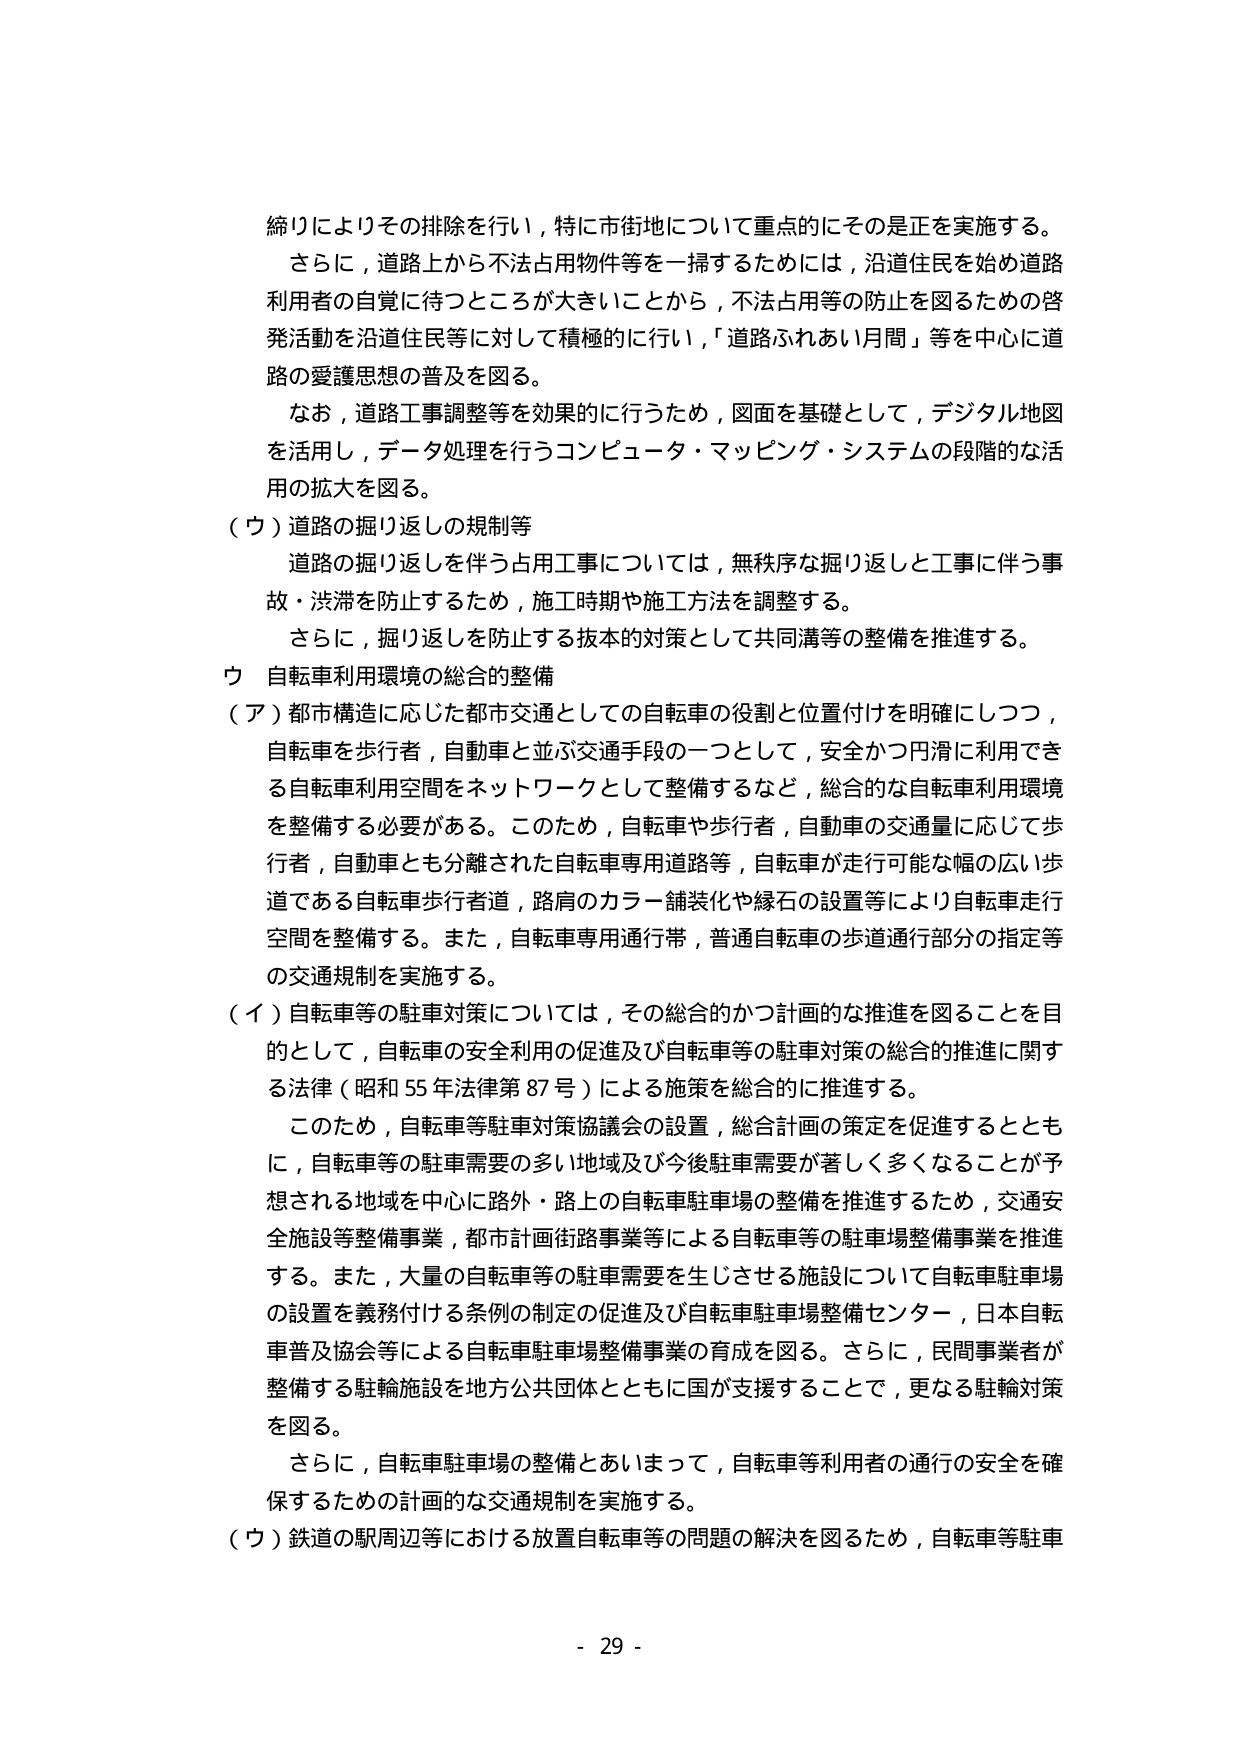
締りによりその排除を行い，特に市街地について重点的にその是正を実施する。
さらに，道路上から不法占用物件等を一掃するためには，沿道住民を始め道路利用者の自覚に待つところが大きいことから，不法占用等の防止を図るための啓発活動を沿道住民等に対して積極的に行い，「道路ふれあい月間」等を中心に道路の愛護思想の普及を図る。
なお，道路工事調整等を効果的に行うため，図面を基礎として，デジタル地図を活用し，データ処理を行うコンピュータ・マッピング・システムの段階的な活用の拡大を図る。
（ウ）道路の掘り返しの規制等
　道路の掘り返しを伴う占用工事については，無秩序な掘り返しと工事に伴う事故・渋滞を防止するため，施工時期や施工方法を調整する。
　さらに，掘り返しを防止する抜本的対策として共同溝等の整備を推進する。
ウ 自転車利用環境の総合的整備
（ア）都市構造に応じた都市交通としての自転車の役割と位置付けを明確にしつつ，自転車を歩行者，自動車と並ぶ交通手段の一つとして，安全かつ円滑に利用できる自転車利用空間をネットワークとして整備するなど，総合的な自転車利用環境を整備する必要がある。このため，自転車や歩行者，自動車の交通量に応じて歩行者，自動車とも分離された自転車専用道路等，自転車が走行可能な幅の広い歩道である自転車歩行者道，路肩のカラー舗装化や縁石の設置等により自転車走行空間を整備する。また，自転車専用通行帯，普通自転車の歩道通行部分の指定等の交通規制を実施する。
（イ）自転車等の駐車対策については，その総合的かつ計画的な推進を図ることを目的として，自転車の安全利用の促進及び自転車等の駐車対策の総合的推進に関する法律（昭和55年法律第87号）による施策を総合的に推進する。
　このため，自転車等駐車対策協議会の設置，総合計画の策定を促進するとともに，自転車等の駐車需要の多い地域及び今後駐車需要が著しく多くなることが予想される地域を中心に路外・路上の自転車駐車場の整備を推進するため，交通安全施設等整備事業，都市計画街路事業等による自転車等の駐車場整備事業を推進する。また，大量の自転車等の駐車需要を生じさせる施設について自転車駐車場の設置を義務付ける条例の制定の促進及び自転車駐車場整備センター，日本自転車普及協会等による自転車駐車場整備事業の育成を図る。さらに，民間事業者が整備する駐輪施設を地方公共団体とともに国が支援することで，更なる駐輪対策を図る。
　さらに，自転車駐車場の整備とあいまって，自転車等利用者の通行の安全を確保するための計画的な交通規制を実施する。
（ウ）鉄道の駅周辺等における放置自転車等の問題の解決を図るため，自転車等駐車
- 29 -